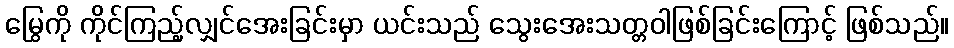
မြွေကို ကိုင်ကြည့်လျှင်အေးခြင်းမှာ ယင်းသည် သွေးအေးသတ္တဝါဖြစ်ခြင်းကြောင့် ဖြစ်သည်။